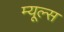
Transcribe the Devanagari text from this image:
म्यूल्स